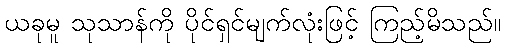
ယခုမူ သုသာန်ကို ပိုင်ရှင်မျက်လုံးဖြင့် ကြည့်မိသည်။